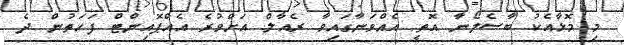
މި މޮޅާއެކު ބާސެލޯނާ އޮތީ އެއްވަނާގައިވާ ރެއާލް އަށްވުރެ އެއްޕޮއިންޓް ފަހަތުން ދެ